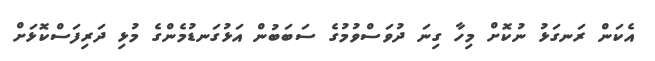
އެކަން ރަނގަޅު ނުކޮށް މިހާ ގިނަ ދުވަސްވުމުގެ ސަބަބުން އަޅުގަނޑުމެންގެ މުޅި ދަރިފަސްކޮޅަށް